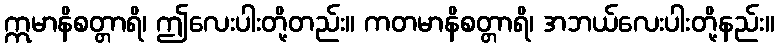
ဣမာနိစတ္တာရိ၊ ဤလေးပါးတို့တည်း။ ကတမာနိစတ္တာရိ၊ အဘယ်လေးပါးတို့နည်း။